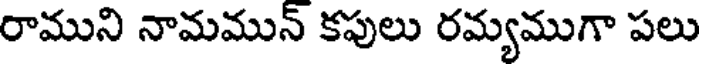
రాముని నామమున్ కపులు రమ్యముగా పలు